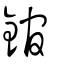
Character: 錧